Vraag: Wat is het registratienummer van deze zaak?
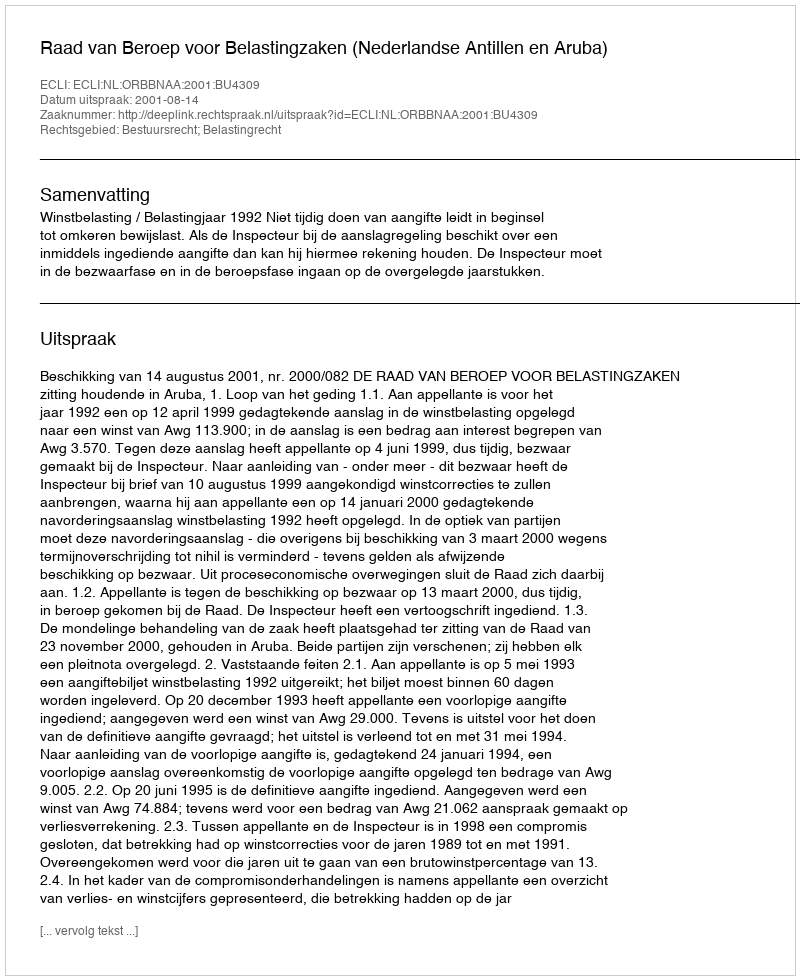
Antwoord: http://deeplink.rechtspraak.nl/uitspraak?id=ECLI:NL:ORBBNAA:2001:BU4309